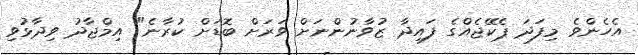
އެހެންވެ މިފަދަ ޕެކޭޖެއްގެ ފައިދާ ޒުވާނުންނަށް ވަރަށް ބޮޑަށް ކުރާނެ" އިމްޖާދު ވިދާޅުވި